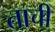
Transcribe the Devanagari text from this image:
ताची